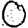
Digit: 0